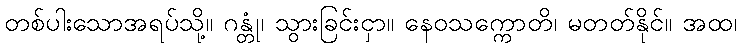
တစ်ပါးသောအရပ်သို့။ ဂန္တုံ၊ သွားခြင်းငှာ။ နေဝသက္ကောတိ၊ မတတ်နိုင်။ အထ၊